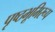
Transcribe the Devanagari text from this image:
पृष्ठभूमिरूप